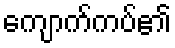
ကျောက်ကပ်၏